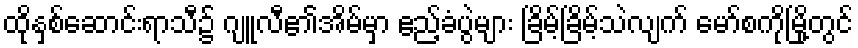
ထိုနှစ်ဆောင်းရာသီ၌ ဂျူလီ၏အိမ်မှာ ဧည့်ခံပွဲများ ခြိမ့်ခြိမ့်သဲလျက် မော်စကိုမြို့တွင်